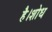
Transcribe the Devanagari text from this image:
है।शोध